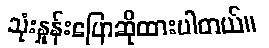
သုံးနှုန်းပြောဆိုထားပါတယ်။